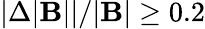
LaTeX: |\Delta|\mathbf{B}||/|\mathbf{B}|\geq 0.2